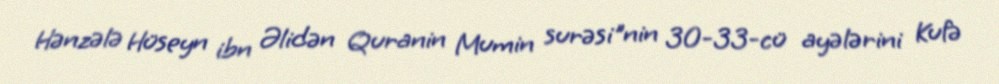
Hənzələ Hüseyn ibn Əlidən Quranin Mumin surəsi"nin 30-33-cü ayələrini Kufə